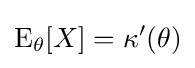
\mathrm {E} _{\theta }[X]=\kappa '(\theta )